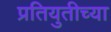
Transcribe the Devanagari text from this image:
प्रतियुतीच्या